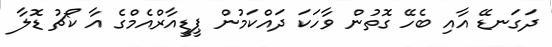
ދަގަނޑޭ އާއި ބެހޭ ގޮތުން ވާހަކަ ދައްކަމުން ޕީޑީއާރްއެމްގެ އާ ކޯޗު ޑޮލާ